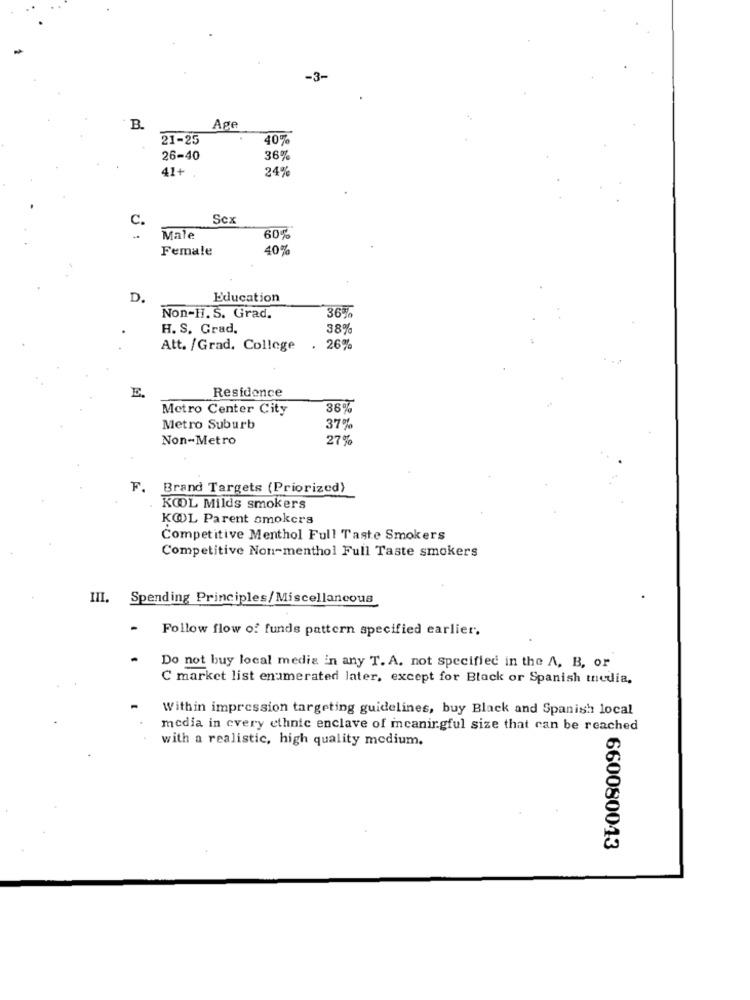
-3-
B.
Ape
21-25
40%
26-40
36%
41+
24%
C.
Sex
Male
60%
Female
40%
D.
Education
36 %
Non-H. S. Grad.
H. S. Grad.
38%
Att. /Grad. College
. 26%
Residence
E.
Metro Center City
36%
Metro Suburb
37%
Non-Metro
27%
F.
Brand Targets (Priorized)
KOOL Milds smokers
KØL Parent smokers
Competitive Menthol Full Taste Smokers
Competitive Non-menthol Full Taste smokers
III. Spending Principles/Miscellaneous
-
Follow flow of funds pattern specified earlier.
Do not buy local media in any T. A. not Specified in the A, B, or
C market list enumerated later, except for Black or Spanish media.
Within impression targeting guidelines, buy Black and Spanish local
media in every ethnic enclave of icaningful size that can be reached
with a realistic, high quality medium.
660080013